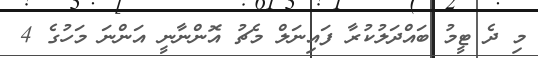
މި ދެ ޓީމު ބައްދަލުކުރާ ފައިނަލް މެޗު އޮންނާނީ އަންނަ މަހުގެ 4